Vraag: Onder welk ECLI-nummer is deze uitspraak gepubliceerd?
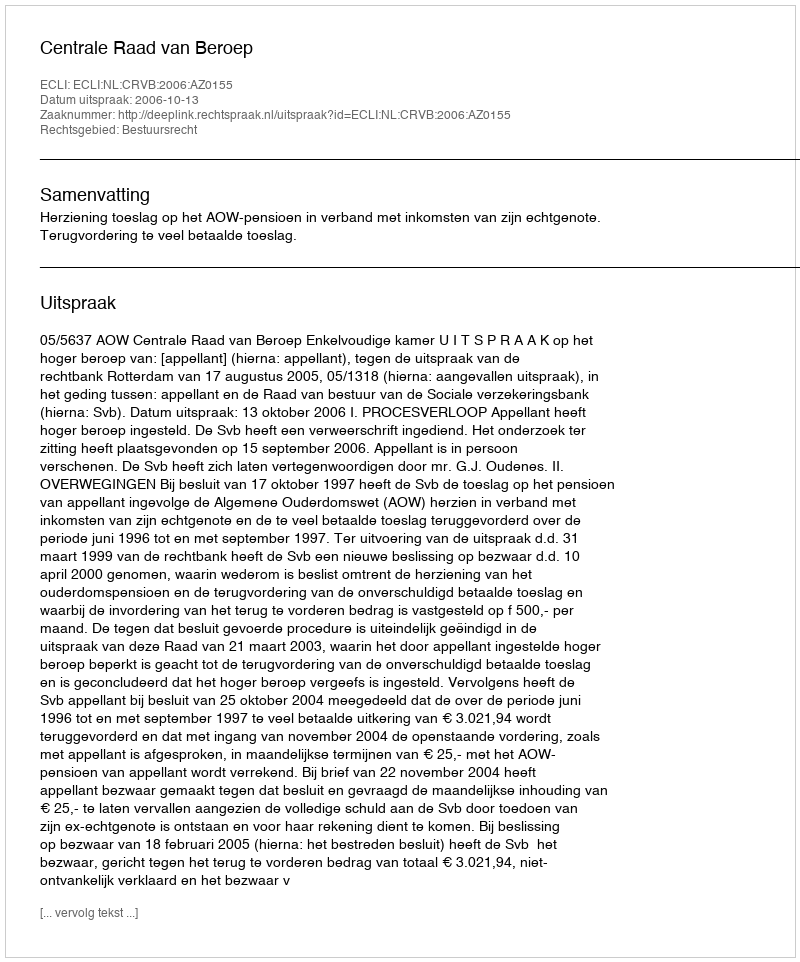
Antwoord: ECLI:NL:CRVB:2006:AZ0155